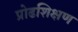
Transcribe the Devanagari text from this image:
प्रोढशिक्षण